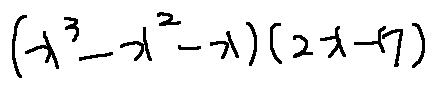
( x ^ { 3 } - x ^ { 2 } - x ) ( 2 x - 7 )